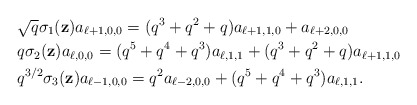
\begin{align*}&\sqrt{q}\sigma_1(\textbf{z})a_{\ell+1,0,0}=(q^3+q^2+q)a_{\ell+1,1,0}+a_{\ell+2,0,0}\\&{q}\sigma_2(\textbf{z})a_{\ell,0,0}=(q^5+q^4+q^3)a_{\ell,1,1}+(q^3+q^2+q)a_{\ell+1,1,0}\\& q^{3/2}\sigma_3(\textbf{z})a_{\ell-1,0,0}=q^2a_{\ell-2,0,0}+(q^5+q^4+q^3)a_{\ell,1,1}.\end{align*}